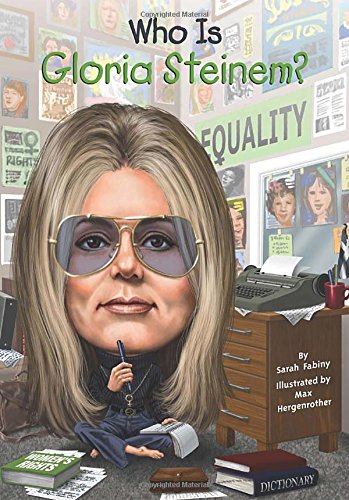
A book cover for Who Is Gloria Steinem? (Who Was...?); Sarah Fabiny; Children's Books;